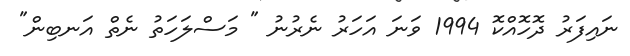
ނައިފަރު ދޮހޮއްކޮ 1994 ވަނަ އަހަރު ނެރުނު " މަސްލަހަތު ނެތް އަނބިން"